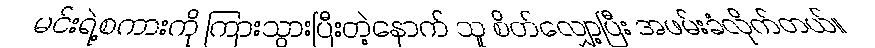
မင်းရဲ့စကားကို ကြားသွားပြီးတဲ့နောက် သူ စိတ်လျှော့ပြီး အဖမ်းခံလိုက်တယ်။